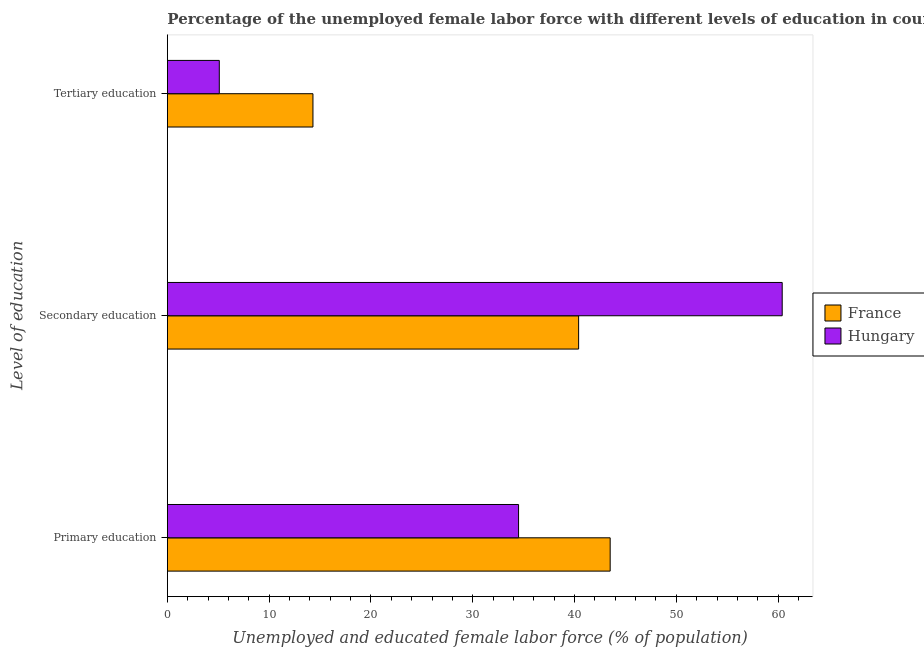
| Level of education | France | Hungary |
 | --- | --- | --- |
 | Primary education | 43.5 | 34.5 |
 | Secondary education | 40.4 | 60.4 |
 | Tertiary education | 14.3 | 5.1 |